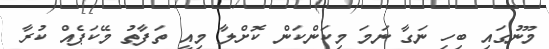
މޫނުގައި ބިހި ނަގާ ނަމަ މިކަންކަން ކޮށްލާ މިއީ ތަފާތު މޭކަޕެއް ކުރާ